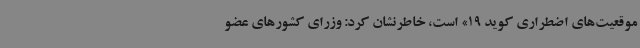
موقعیت‌های اضطراری کوید 19» است، خاطرنشان کرد: وزرای کشورهای عضو